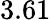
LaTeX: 3.61